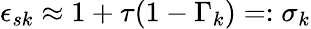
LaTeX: \epsilon_{s{k}}\approx 1+\tau(1-\Gamma_{k})=:\sigma_{k}